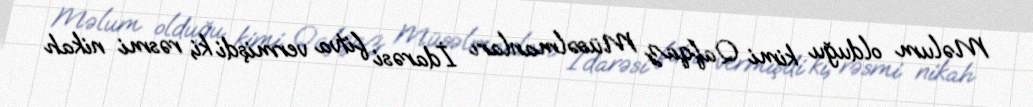
Məlum olduğu kimi Qafqaz Müsəlmanları İdarəsi fitva vermişdi ki, rəsmi nikah